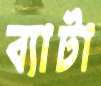
ব্যাটা